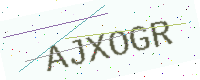
Text: AJXOGR